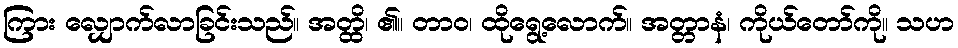
ကြား လျှောက်လာခြင်းသည်။ အတ္ထိ၊ ၏။ တာဝ၊ ထိုရွေ့လောက်။ အတ္တာနံ၊ ကိုယ်တော်ကို။ သဟ